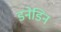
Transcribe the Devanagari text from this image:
डनेडिन